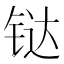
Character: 𫟼